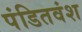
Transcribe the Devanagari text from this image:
पंडितवंश